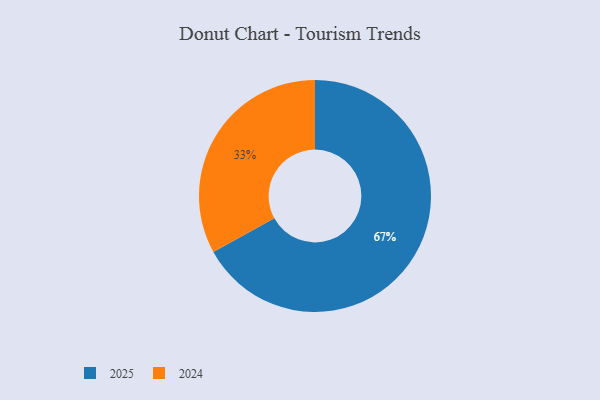
{"axis": {"x": "Category", "y": "Percentage"}, "legend": ["2024", "2025"], "data": [{"x": "2025", "y": 67, "type": "2025"}, {"x": "2024", "y": 33, "type": "2024"}]}